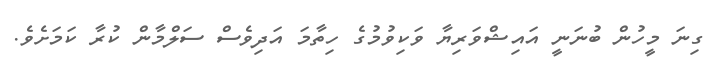
ގިނަ މީހުން ބުނަނީ އައިޝްވަރިޔާ ވަކިވުމުގެ ހިތާމަ އަދިވެސް ސަލްމާން ކުރާ ކަމަށެވެ.